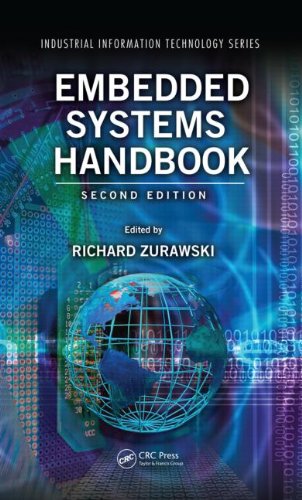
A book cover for Embedded Systems Handbook, Second Edition 2-Volume Set (Industrial Information Technology); Computers & Technology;